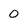
Character: 0